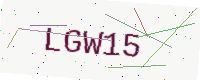
Text: LGW15